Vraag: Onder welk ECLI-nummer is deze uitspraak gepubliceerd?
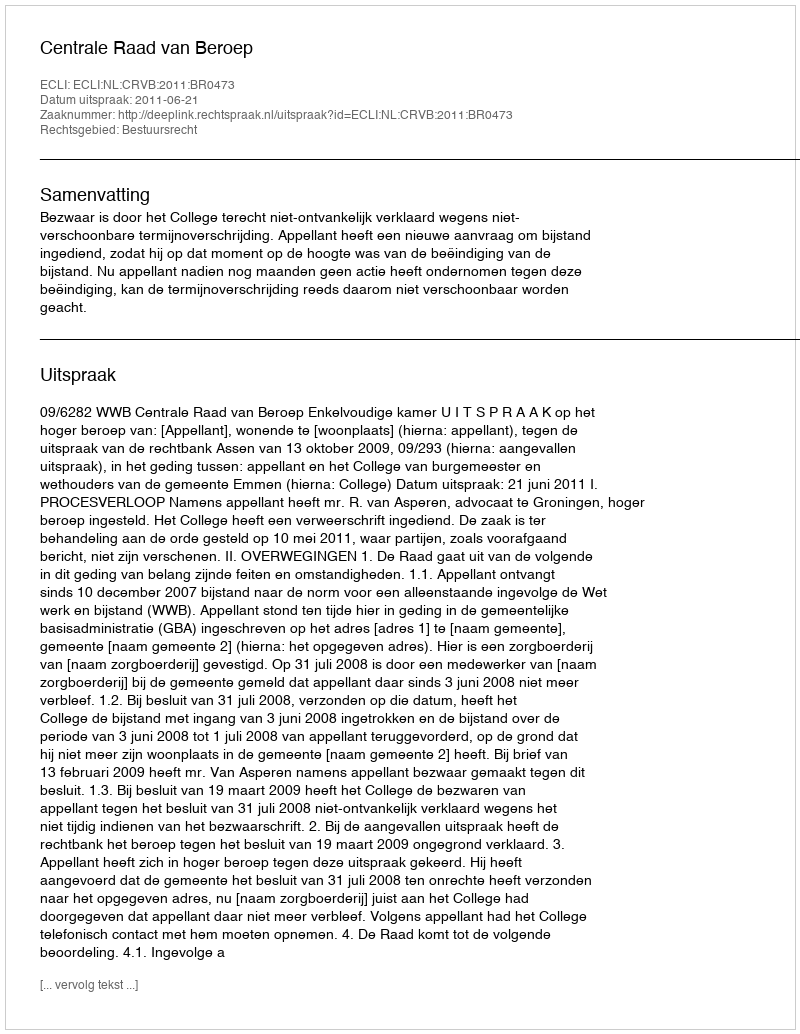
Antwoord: ECLI:NL:CRVB:2011:BR0473